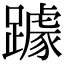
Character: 躆